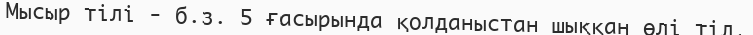
Мысыр тілі - б.з. 5 ғасырында қолданыстан шыққан өлі тіл.